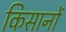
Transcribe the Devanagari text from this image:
किसानोें